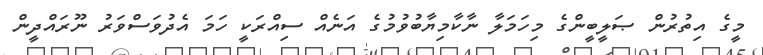
މީގެ އިތުރުން ޞަލީބީންގެ މިހަމަލާ ނާކާމިޔާބުވުމުގެ އަނެއް ސިއްރަކީ ހަމަ އެދުވަސްވަރު ނޫރައްދީން